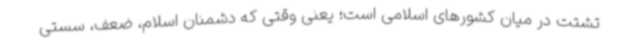
تشتت در میان کشورهای اسلامی است؛ یعنی وقتی که دشمنان اسلام، ضعف، سستی